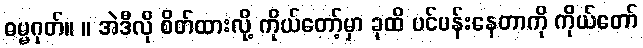
ဓမ္မဂုတ်။ ။ အဲဒီလို စိတ်ထားလို့ ကိုယ်တော့်မှာ ခုထိ ပင်ပန်းနေတာကို ကိုယ်တော်